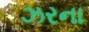
ઝરના